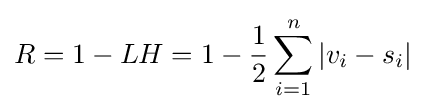
R=1-LH=1-{\frac {1}{2}}\sum _{i=1}^{n}|v_{i}-s_{i}|